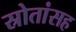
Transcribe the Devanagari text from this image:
स्रोतांसह